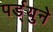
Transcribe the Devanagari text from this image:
पर्ड्युने